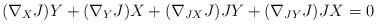
LaTeX: \begin{align*}(\nabla_X J)Y+(\nabla_Y J)X+(\nabla_{JX} J)JY+(\nabla_{JY} J)JX=0\end{align*}